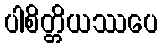
ပါစိတ္တိယဿပေ